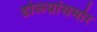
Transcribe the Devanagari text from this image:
डोळय़ांसमोर